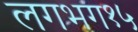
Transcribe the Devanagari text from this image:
लगभग१५